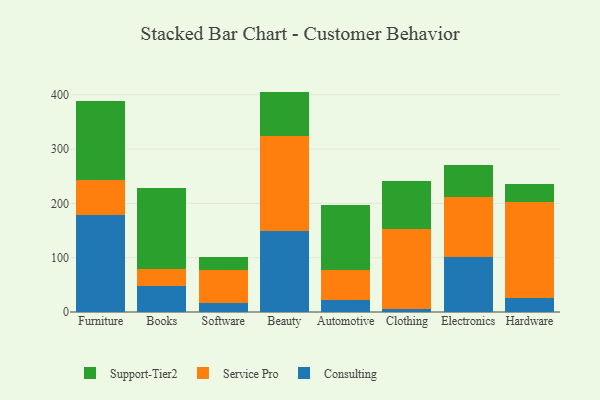
{"axis": {"x": "Category", "y": "Website Visitors"}, "legend": ["Consulting", "Service Pro", "Support-Tier2"], "data": [{"x": "Furniture", "y": 178.0, "type": "Consulting"}, {"x": "Furniture", "y": 66.0, "type": "Service Pro"}, {"x": "Furniture", "y": 144.2, "type": "Support-Tier2"}, {"x": "Books", "y": 48.0, "type": "Consulting"}, {"x": "Books", "y": 31.4, "type": "Service Pro"}, {"x": "Books", "y": 149.8, "type": "Support-Tier2"}, {"x": "Software", "y": 16.4, "type": "Consulting"}, {"x": "Software", "y": 61.1, "type": "Service Pro"}, {"x": "Software", "y": 23.1, "type": "Support-Tier2"}, {"x": "Beauty", "y": 148.4, "type": "Consulting"}, {"x": "Beauty", "y": 176.4, "type": "Service Pro"}, {"x": "Beauty", "y": 81.1, "type": "Support-Tier2"}, {"x": "Automotive", "y": 21.8, "type": "Consulting"}, {"x": "Automotive", "y": 55.2, "type": "Service Pro"}, {"x": "Automotive", "y": 120.4, "type": "Support-Tier2"}, {"x": "Clothing", "y": 5.7, "type": "Consulting"}, {"x": "Clothing", "y": 148.0, "type": "Service Pro"}, {"x": "Clothing", "y": 86.8, "type": "Support-Tier2"}, {"x": "Electronics", "y": 101.3, "type": "Consulting"}, {"x": "Electronics", "y": 111.4, "type": "Service Pro"}, {"x": "Electronics", "y": 58.7, "type": "Support-Tier2"}, {"x": "Hardware", "y": 26.3, "type": "Consulting"}, {"x": "Hardware", "y": 176.1, "type": "Service Pro"}, {"x": "Hardware", "y": 34.2, "type": "Support-Tier2"}]}